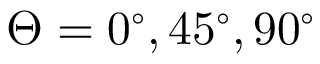
\Theta = 0 ^ { \circ } , 4 5 ^ { \circ } , 9 0 ^ { \circ }